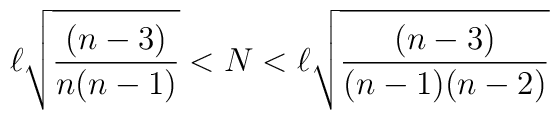
\ell \sqrt{\frac{(n-3)}{n(n-1)}}<N<\ell \sqrt{\frac{(n-3)}{(n-1)(n-2)}}